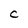
Character: C